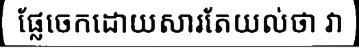
ផ្លែចេកដោយសារតែយល់ថា វា